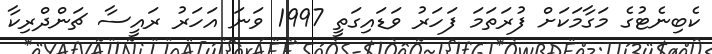
ކެބިނެޓުގެ މަގާމަކަށް ފުރަތަމަ ފަހަރު ވަޑައިގަތީ 1997 ވަނަ އަހަރު ރައީސާ ޗަންދްރިކާ